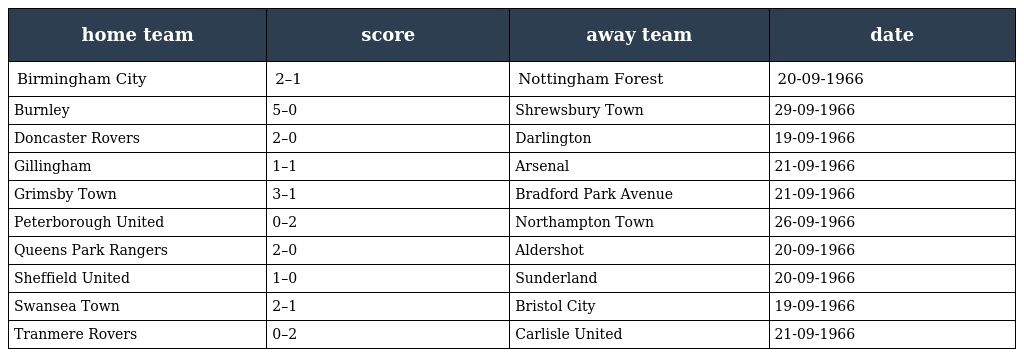
| home team | score | away team | date |
 | --- | --- | --- | --- |
 | Birmingham City | 2–1 | Nottingham Forest | 20-09-1966 |
 | Burnley | 5–0 | Shrewsbury Town | 29-09-1966 |
 | Doncaster Rovers | 2–0 | Darlington | 19-09-1966 |
 | Gillingham | 1–1 | Arsenal | 21-09-1966 |
 | Grimsby Town | 3–1 | Bradford Park Avenue | 21-09-1966 |
 | Peterborough United | 0–2 | Northampton Town | 26-09-1966 |
 | Queens Park Rangers | 2–0 | Aldershot | 20-09-1966 |
 | Sheffield United | 1–0 | Sunderland | 20-09-1966 |
 | Swansea Town | 2–1 | Bristol City | 19-09-1966 |
 | Tranmere Rovers | 0–2 | Carlisle United | 21-09-1966 |